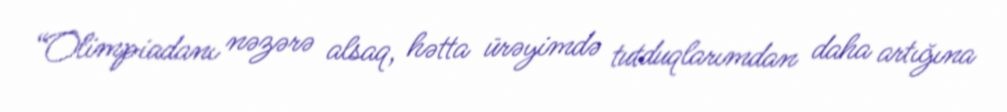
“Olimpiadanı nəzərə alsaq, hətta ürəyimdə tutduqlarımdan daha artığına